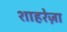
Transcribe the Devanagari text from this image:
शाहरेज़ा